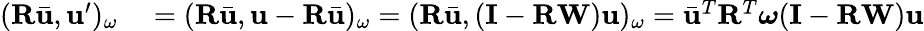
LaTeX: \begin{array}{rl}{(\mathbf{R}\bar{\mathbf{u}},\mathbf{u}^{\prime})_{\omega}}&{{}=(\mathbf{R}\bar{\mathbf{u}},\mathbf{u}-\mathbf{R}\bar{\mathbf{u}})_{\omega}=(\mathbf{R}\bar{\mathbf{u}},(\mathbf{I}-\mathbf{R}\mathbf{W})\mathbf{u})_{\omega}=\bar{\mathbf{u}}^{T}\mathbf{R}^{T}\boldsymbol{\omega}(\mathbf{I}-\mathbf{R}\mathbf{W})\mathbf{u}}\end{array}